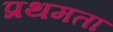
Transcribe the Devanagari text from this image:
प्रथमता